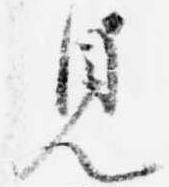
見